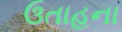
ઉતાહના